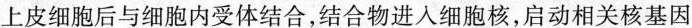
上皮细胞后与细胞内受体结合，结合物进入细胞核，启动相关核基因